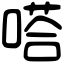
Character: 嗒